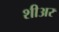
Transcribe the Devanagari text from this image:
शीअर